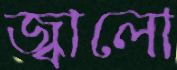
জ্বালো